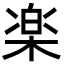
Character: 楽